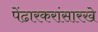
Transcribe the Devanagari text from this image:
पेंढारकरांसारखे